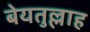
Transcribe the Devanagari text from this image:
बेयतुल्लाह